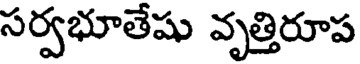
సర్వభూతేషు వృత్తిరూప